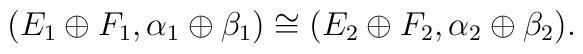
(E_1\oplus F_1,\alpha_1\oplus\beta_1)\cong(E_2\oplus F_2,\alpha_2\oplus\beta_2).